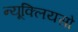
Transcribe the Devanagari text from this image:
न्यूक्लियसो